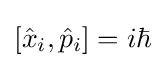
[{\hat {x}}_{i},{\hat {p}}_{i}]=i\hbar